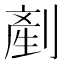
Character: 剷